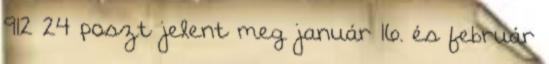
912 24 poszt jelent meg január 16. és február